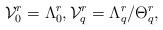
LaTeX: \begin{gather*}{\cal V}^r_0 = \Lambda^r_0 , {\cal V}^r_q = \Lambda^r_q / \Theta^r_q,\end{gather*}